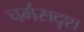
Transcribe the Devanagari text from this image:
चर्मसदृश